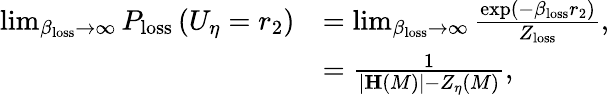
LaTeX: \begin{array}{rl}{\operatorname*{lim}_{\beta_{\mathrm{loss}}\rightarrow\infty}P_{\mathrm{loss}}\left(U_{\eta}=r_{2}\right)}&{=\operatorname*{lim}_{\beta_{\mathrm{loss}}\rightarrow\infty}\frac{\exp\left(-\beta_{\mathrm{loss}}r_{2}\right)}{Z_{\mathrm{loss}}},}\\ &{=\frac{1}{\vert\mathbf{H}\left(M\right)\vert-Z_{\eta}\left(M\right)},}\end{array}